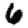
Digit: 6